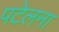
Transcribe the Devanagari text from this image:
पटेलना